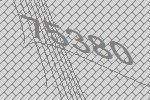
75380